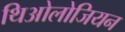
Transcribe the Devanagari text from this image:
थिओलोजियन